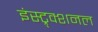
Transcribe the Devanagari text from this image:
इंस्ट्र्क्शनल